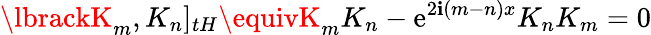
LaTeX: \lbrackK_{m},K_{n}]_{tH}\equivK_{m}K_{n}-\mathrm{e}^{2\mathbf{i}(m-n)x}K_{n}K_{m}=0